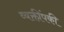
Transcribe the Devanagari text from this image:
व्यक्तींपकी